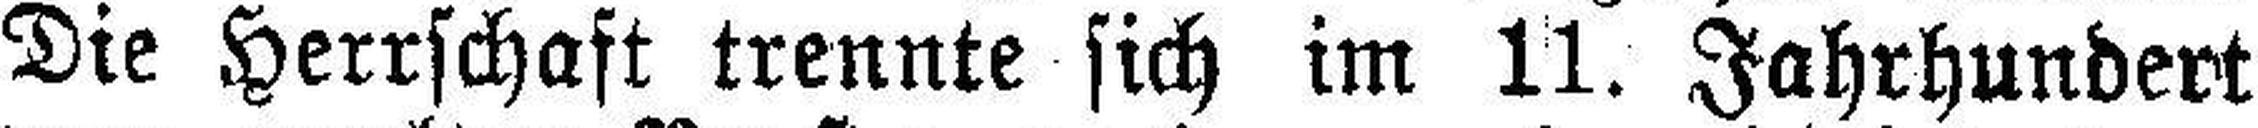
Die Herrschaft trennte sich im 11. Jahrhundert